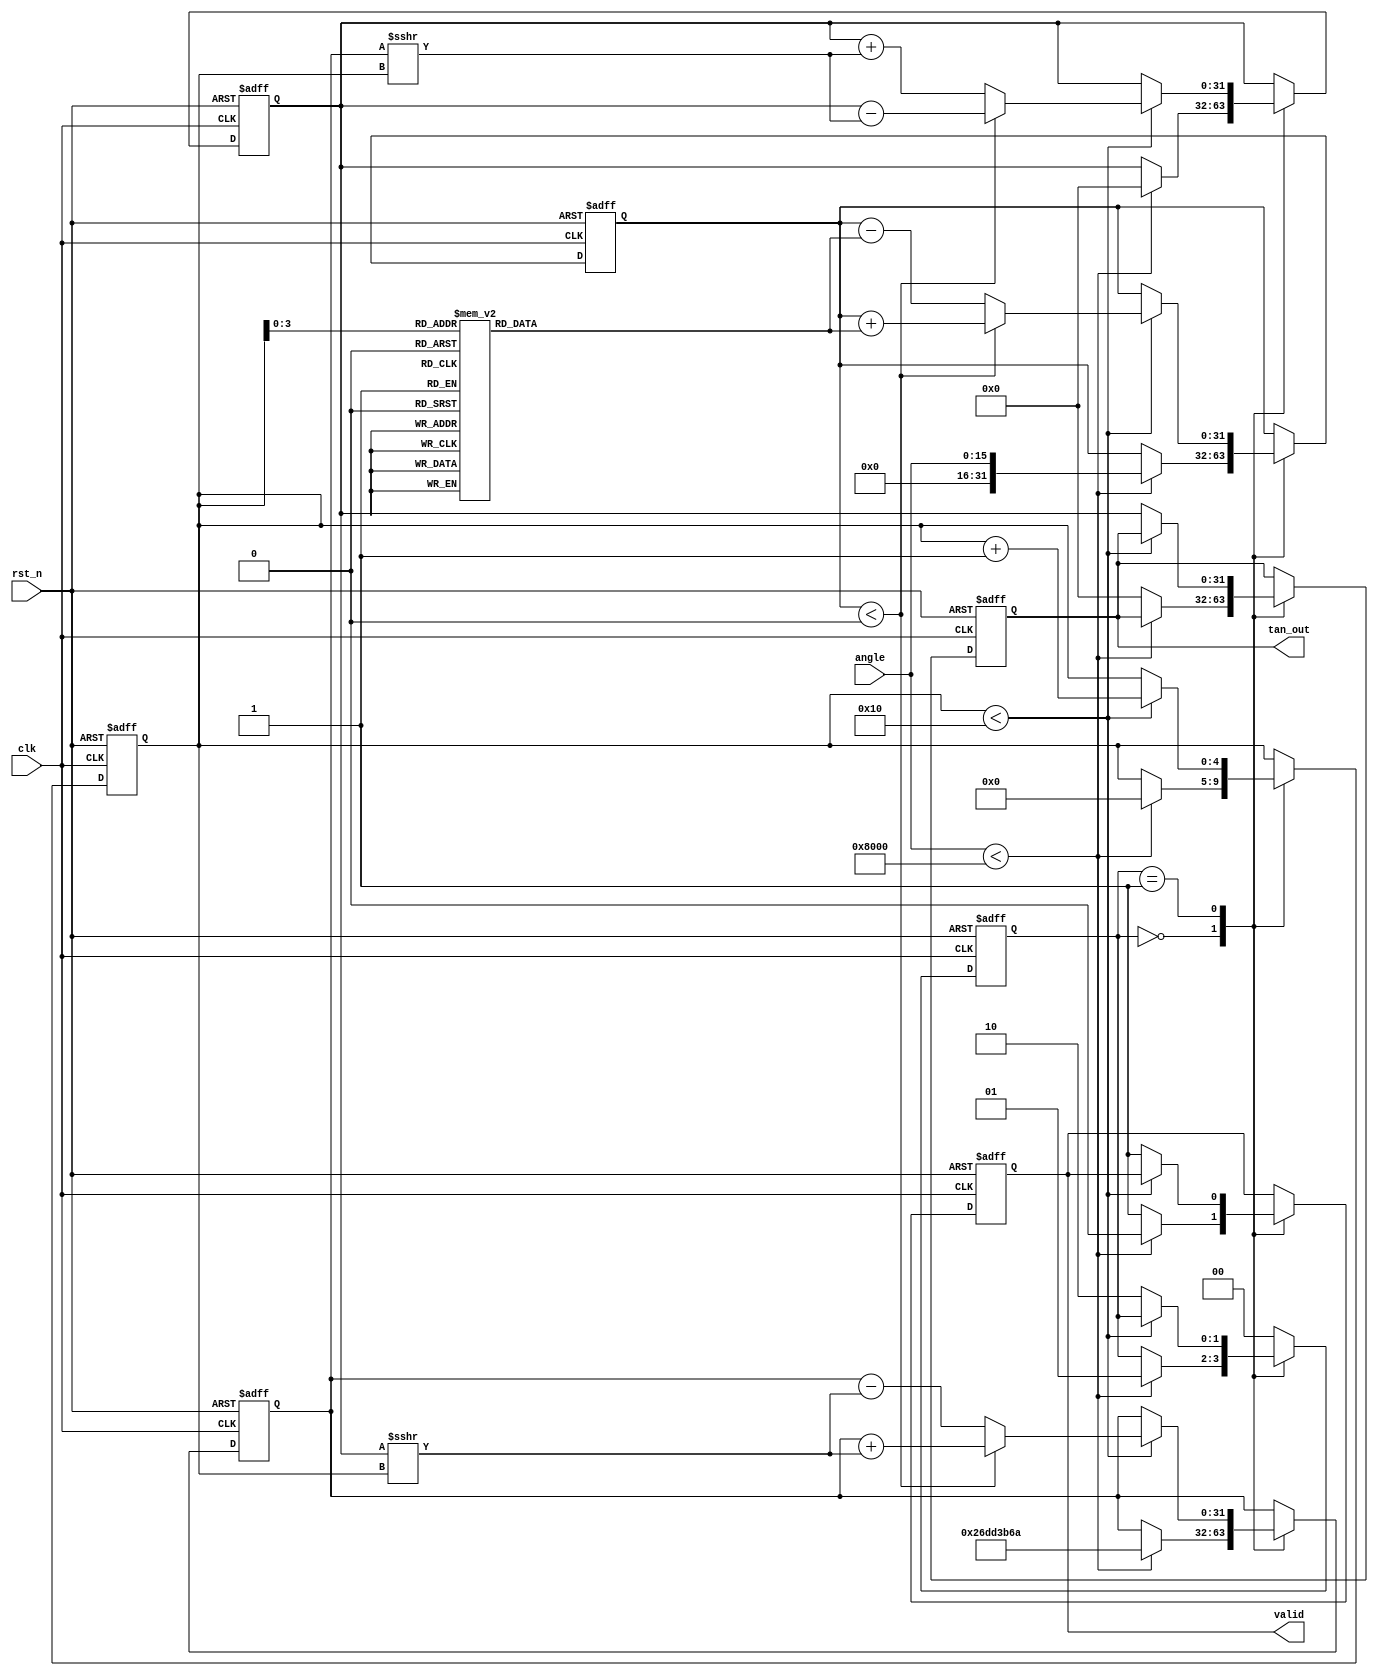
module tangent (
    input wire clk,               // Clock signal
    input wire rst_n,             // Active low reset
    input wire [15:0] angle,      // Input angle in fixed-point (16-bit)
    output reg [31:0] tan_out,    // Output tangent value (32-bit)
    output reg valid              // Output valid signal
);

parameter PI = 32'h3243F6A9; //  in fixed-point format (32-bit)

// State machine states
reg [1:0] state;
localparam IDLE = 2'b00,
           COMPUTE = 2'b01,
           DONE = 2'b10;

reg signed [31:0] x, y; // CORDIC coordinates
reg signed [31:0] z;    // Angle after rotations
reg [4:0] i;            // Iteration index

// CORDIC gain
parameter CORDIC_GAIN = 32'h26DD3B6A; // 1/(sqrt(1+K^2))

// CORDIC angles in fixed-point (0: 45, 1: 26.57, etc.)
reg signed [31:0] angles [0:15]; // Pre-computed arctangent values
initial begin
    angles[0] = 32'h1E240000; // atan(1) = 45 degrees
    angles[1] = 32'h1A630000; // atan(0.5) = 26.57 degrees
    angles[2] = 32'h173A0000; // atan(0.25) = 14.036 degrees
    // Populate further angles as needed
    // ...
    angles[15] = 32'h00000000; // atan(0)
end

// Handle states
always @(posedge clk or negedge rst_n) begin
    if (!rst_n) begin
        state <= IDLE;
        tan_out <= 32'b0;
        valid <= 1'b0;
        x <= 32'b0;
        y <= 32'b0;
        z <= 32'b0;
        i <= 5'b0;
    end else begin
        case (state)
            IDLE: begin
                if (angle < 16'h8000) begin // Check for valid range [-pi/2, pi/2]
                    state <= COMPUTE;
                    x <= CORDIC_GAIN; // Start with K = 1/(sqrt(1 + K^2))
                    y <= 32'b0;
                    z <= angle;
                    i <= 5'b0;
                    valid <= 1'b0; // Clear valid signal
                end else begin
                    tan_out <= 32'b0; // Undefined for out of range
                    valid <= 1'b1; // Indicate output is valid
                end
            end

            COMPUTE: begin
                if (i < 16) begin
                    if (z < 0) begin
                        // Rotate counter-clockwise
                        x <= x + (y >>> i);
                        y <= y - (x >>> i);
                        z <= z + angles[i];
                    end else begin
                        // Rotate clockwise
                        x <= x - (y >>> i);
                        y <= y + (x >>> i);
                        z <= z - angles[i];
                    end
                    i <= i + 1;
                end else begin
                    // Complete computation
                    tan_out <= y; // Output the tangent value
                    valid <= 1'b1; // Indicate valid output
                    state <= DONE;
                end
            end

            DONE: begin
                // Wait for next input
                state <= IDLE;
            end

            default: state <= IDLE; // Safety fallback
        endcase
    end
end

endmodule